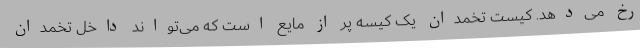
رخ می‌دهد. کیست تخمدان یک کیسه پُر از مایع است که می‌تواند داخل تخمدان